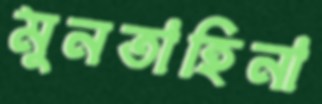
মুনতাহিনা